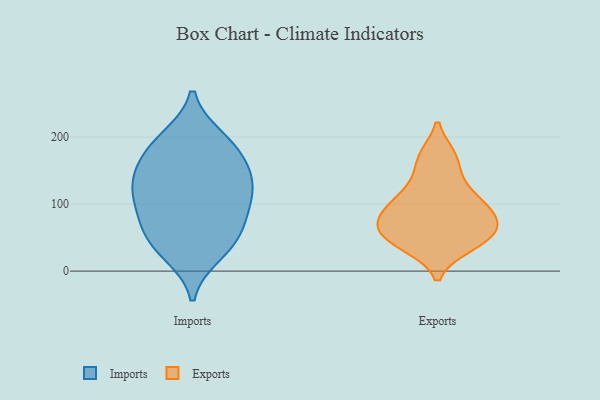
{"axis": {"x": "Operating Costs (USD K)", "y": "Value"}, "legend": ["Exports", "Imports"], "data": [{"x": "", "y": 123, "type": "Imports"}, {"x": "", "y": 78, "type": "Imports"}, {"x": "", "y": 86, "type": "Imports"}, {"x": "", "y": 198, "type": "Imports"}, {"x": "", "y": 128, "type": "Imports"}, {"x": "", "y": 195, "type": "Imports"}, {"x": "", "y": 158, "type": "Imports"}, {"x": "", "y": 40, "type": "Imports"}, {"x": "", "y": 26, "type": "Imports"}, {"x": "", "y": 124, "type": "Imports"}, {"x": "", "y": 67, "type": "Imports"}, {"x": "", "y": 179, "type": "Imports"}, {"x": "", "y": 156, "type": "Imports"}, {"x": "", "y": 41, "type": "Imports"}, {"x": "", "y": 113, "type": "Imports"}, {"x": "", "y": 138, "type": "Exports"}, {"x": "", "y": 115, "type": "Exports"}, {"x": "", "y": 37, "type": "Exports"}, {"x": "", "y": 109, "type": "Exports"}, {"x": "", "y": 93, "type": "Exports"}, {"x": "", "y": 89, "type": "Exports"}, {"x": "", "y": 69, "type": "Exports"}, {"x": "", "y": 39, "type": "Exports"}, {"x": "", "y": 45, "type": "Exports"}, {"x": "", "y": 57, "type": "Exports"}, {"x": "", "y": 86, "type": "Exports"}, {"x": "", "y": 69, "type": "Exports"}, {"x": "", "y": 61, "type": "Exports"}, {"x": "", "y": 171, "type": "Exports"}, {"x": "", "y": 171, "type": "Exports"}]}